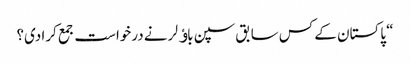
“ پاکستان کے کس سابق سپن باﺅلر نے درخواست جمع کرا دی؟